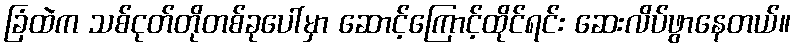
ခြံထဲက သစ်ငုတ်တိုတစ်ခုပေါ်မှာ ဆောင့်ကြောင့်ထိုင်ရင်း ဆေးလိပ်ဖွာနေတယ်။